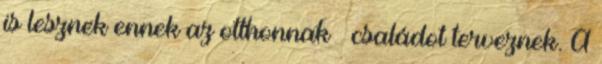
is lesznek ennek az otthonnak – családot terveznek. A